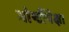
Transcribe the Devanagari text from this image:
गोष्टींपेक्षा